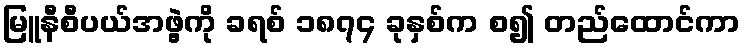
မြူနီစီပယ်အဖွဲ့ကို ခရစ် ၁၈၇၄ ခုနှစ်က စ၍ တည်ထောင်ကာ